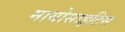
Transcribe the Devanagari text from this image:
मायोसाइटिस